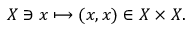
X \ni x \longmapsto ( x , x ) \in X \times X .